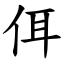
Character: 佴